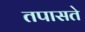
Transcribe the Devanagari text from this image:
तपासते